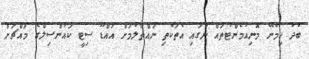
ބުދު ހިމެނޭ މޮނިއުމެންޓުތައް ނަގައި އެތަކެތި ނައްތާލުމަށް އައްޑޫ ސިޓީ ކައުންސިލްގެ މައްޗަށް